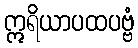
ဣရိယာပထပဗ္ဗံ